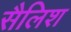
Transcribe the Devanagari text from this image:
सैलिश